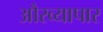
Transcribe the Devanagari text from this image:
औरव्यापार